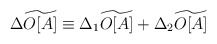
\begin{align*}\Delta \widetilde{O[A]}\equiv \Delta _{1}\widetilde{O[A]}+\Delta _{2}\widetilde{O[A]}\end{align*}